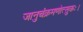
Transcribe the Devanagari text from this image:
जानुचंक्रमणोत्सुकः।